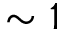
\sim 1